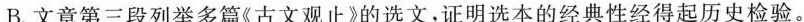
B.文章第三段列举多篇《古文观止》的选文，证明选本的经典性经得起历史检验。